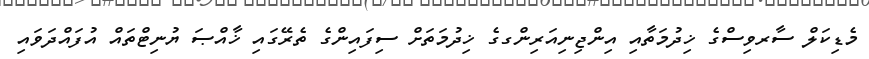
މެޑިކަލް ސާރވިސްގެ ޚިދުމަތާއި އިންޖިނިއަރިންގގެ ޚިދުމަތަށް ސިފައިންގެ ތެރޭގައި ޚާއްޞަ ޔުނިޓްތައް އުފައްދަވައި